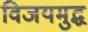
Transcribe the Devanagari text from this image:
विजयमुद्ध